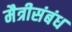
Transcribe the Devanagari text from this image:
मैत्रीसंबंध